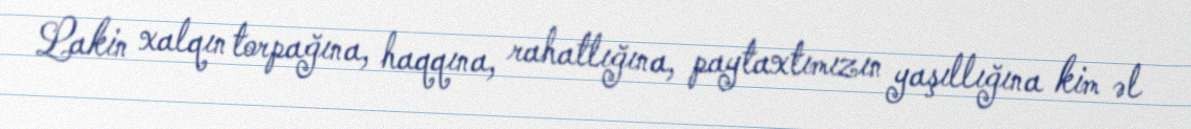
Lakin xalqın torpağına, haqqına, rahatlığına, paytaxtımızın yaşıllığına kim əl